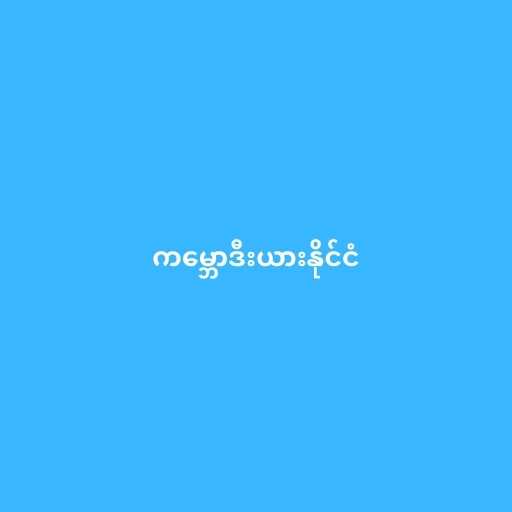
ကမ္ဘောဒီးယားနိုင်ငံ